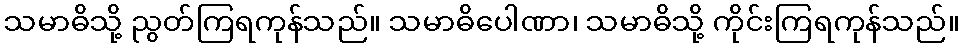
သမာဓိသို့ ညွတ်ကြရကုန်သည်။ သမာဓိပေါဏာ၊ သမာဓိသို့ ကိုင်းကြရကုန်သည်။